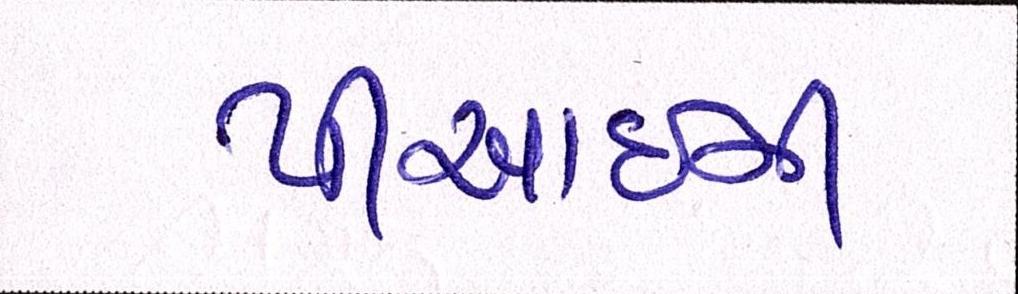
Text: પીઆઈની